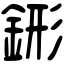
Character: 䤯